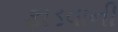
ફાડવાની